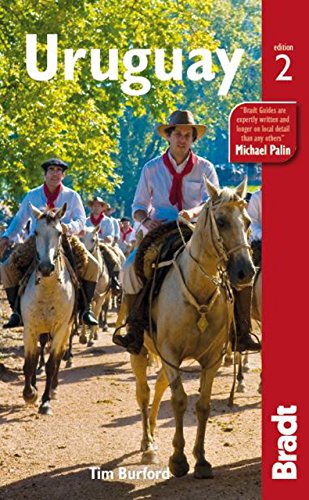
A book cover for Uruguay (Bradt Travel Guide); Tim Burford; Travel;